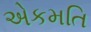
એકમતિ